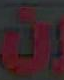
ان